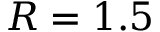
R = 1 . 5